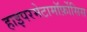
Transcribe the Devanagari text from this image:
हाइपरमेटामॉर्फ़ोसिस